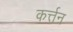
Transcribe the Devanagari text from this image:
कर्त्तन